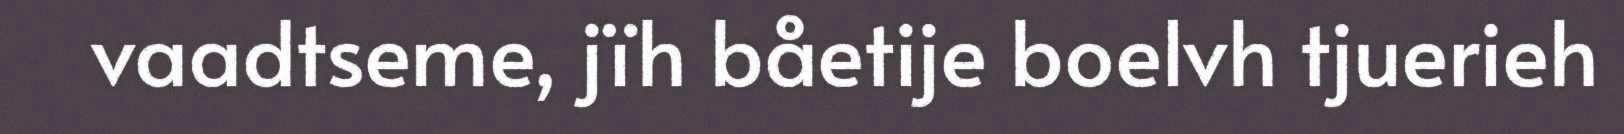
vaadtseme, jïh båetije boelvh tjuerieh